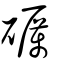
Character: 礪